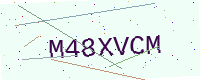
Text: M48XVCM